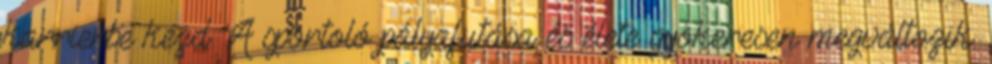
karrierbe kezd. A sportoló pályafutása és élete gyökeresen megváltozik.